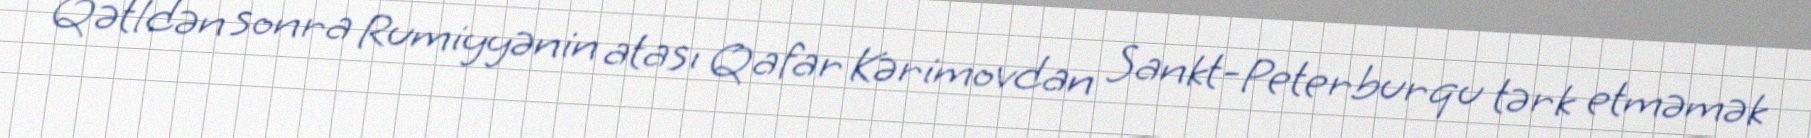
Qətldən sonra Rumiyyənin atası Qafar Kərimovdan Sankt-Peterburqu tərk etməmək